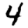
Digit: 4